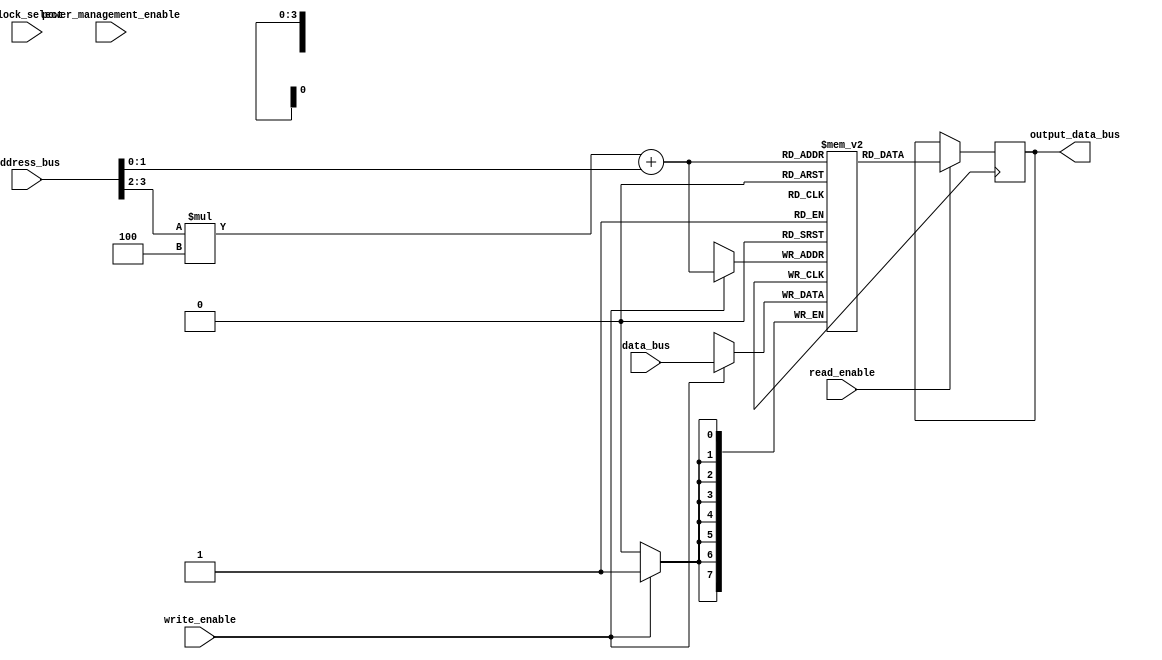
module MemoryBlocks(
  input wire [7:0] address_bus,
  input wire [7:0] data_bus,
  input wire read_enable,
  output reg [7:0] output_data_bus,
  input wire write_enable,
  input wire block_select,
  input wire power_management_enable
);

reg [7:0] memory_blocks [3:0][3:0]; // Two-dimensional array of memory blocks

always @(posedge clk) begin
  if(read_enable) begin
    output_data_bus <= memory_blocks[address_bus[3:2]][address_bus[1:0]]; // Read operation
  end
  if(write_enable) begin
    memory_blocks[address_bus[3:2]][address_bus[1:0]] <= data_bus; // Write operation
  end
end

endmodule